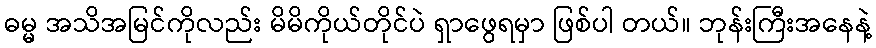
ဓမ္မ အသိအမြင်ကိုလည်း မိမိကိုယ်တိုင်ပဲ ရှာဖွေရမှာ ဖြစ်ပါ တယ်။ ဘုန်းကြီးအနေနဲ့